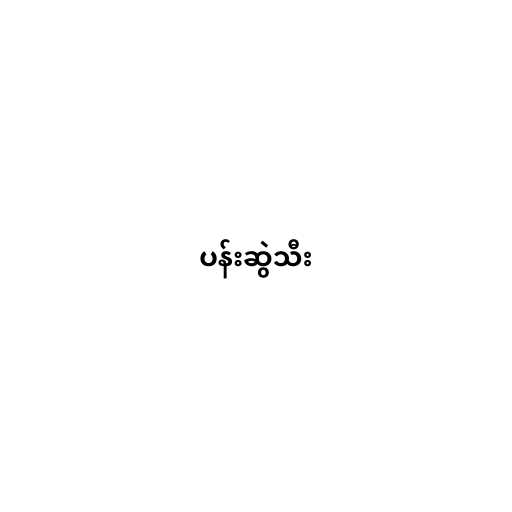
ပန်းဆွဲသီး